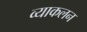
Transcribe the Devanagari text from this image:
व्याकलन